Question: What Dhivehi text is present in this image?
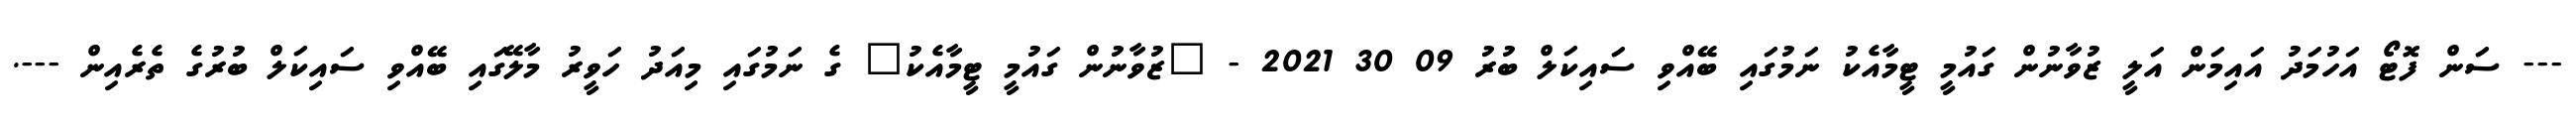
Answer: --- ސަން ފޮޓޯ އަހުމަދު އައިމަން އަލީ ޒުވާނުން ގައުމީ ޓީމާއެކު ނަމުގައި ބޭއްވި ސައިކަލް ބުރު 09 30 2021 - "ޒުވާނުން ގައުމީ ޓީމާއެކު" ގެ ނަމުގައި މިއަދު ހަވީރު މާލޭގައި ބޭއްވި ސައިކަލް ބުރުގެ ތެރެއިން ---.